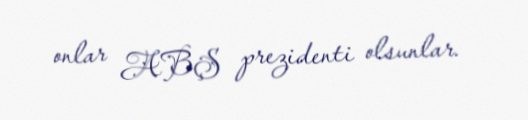
onlar ABŞ prezidenti olsunlar.